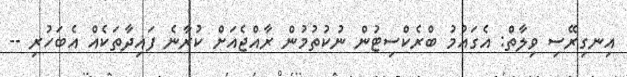
އިނގިރޭސި ވިލާތް: އެގައުމު ބްރެކްސިޓުން ނުކުތުމުން ރާއްޖެއަށް ކުރާނެ ފައިދާތަކެއް އެބަހުރި --